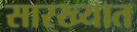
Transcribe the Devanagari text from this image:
सारख्यात